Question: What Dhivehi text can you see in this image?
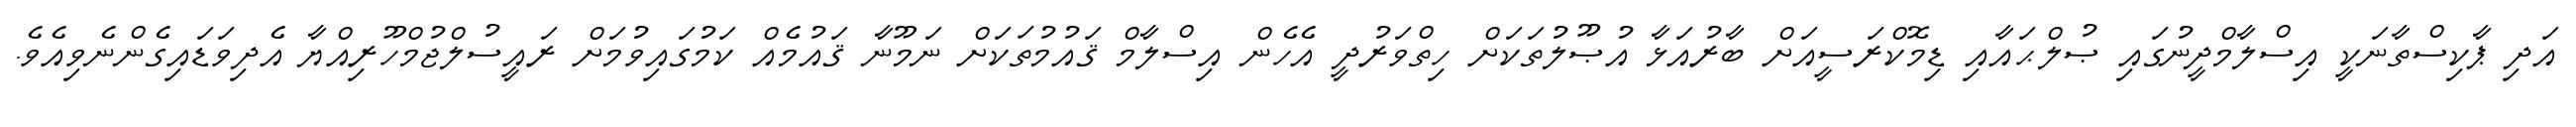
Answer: އަދި ޕާކިސްތާނަކީ އިސްލާމްދީނުގައި ޞުލްޙައާއި ޑިމޮކްރަސީއަށް ބާރުއަޅާ އުޞޫލުތަކަށް ހިތްވަރުދީ އެހެން އިސްލާމް ޤައުމުތަކަށް ނަމޫނާ ޤައުމެއް ކަމުގައިވުމަށް ރައީސުލްޖުމްހޫރިއްޔާ އެދިވަޑައިގެންނެވިއެވެ.